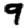
Digit: 9